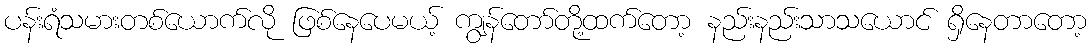
ပန်းရံသမားတစ်ယောက်လို ဖြစ်နေပေမယ့် ကျွန်တော်တို့ထက်တော့ နည်းနည်းသာသယောင် ရှိနေတာတော့